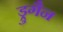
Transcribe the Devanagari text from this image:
ड्रुगैन